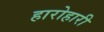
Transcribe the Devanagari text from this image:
हारोहारी